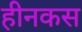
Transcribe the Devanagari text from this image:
हीनकस